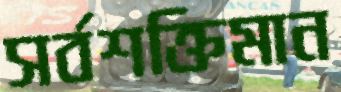
সর্বশক্তিমান